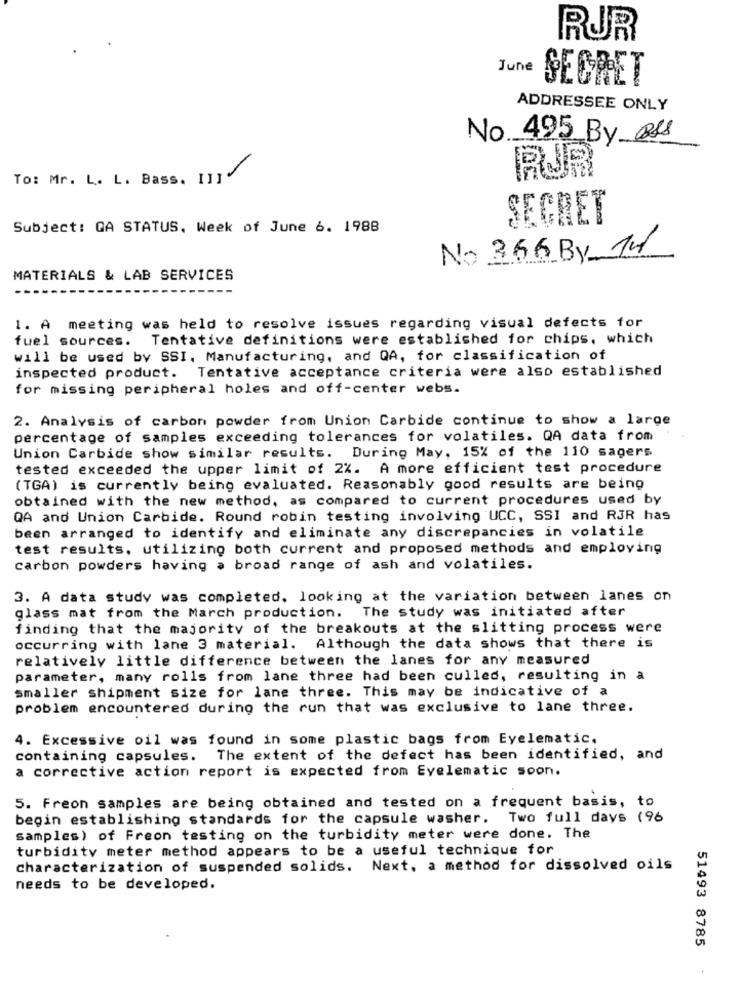
RUR
June
SECRET
ADDRESSEE ONLY
No 495 By als
/
To: Mr. L. L. Bass. [I] "
RUR
SEGRET
Subject: GA STATUS. Week of June 6. 1988
No 366 By-14
MATERIALS & LAB SERVICES
1. A meeting was held to resolve issues regarding visual defects for
fuel sources.
Tentative definitions were established for chips, which
will be used by SSI, Manufacturing, and QA, for classification of
Tentative acceptance criteria were also established
inspected product.
for missing peripheral holes and off-center webs.
2. Analysis of carbon powder from Union Carbide continue to show a large
percentage of samples exceeding tolerances for volatiles. QA data from
Union Carbide show similar results. During May, 15% of the 110 sagers
tested exceeded the upper limit of 2%. A more efficient test procedure
(TGA) is currently being evaluated. Reasonably good results are being
obtained with the new method, as compared to current procedures used by
QA and Union Carbide. Round robin testing involving UCC, SSI and RJR has
been arranged to identify and eliminate any discrepancies in volatile
test results, utilizing both current and proposed methods and employing
carbon powders having a broad range of ash and volatiles.
3. A data study was completed, looking at the variation between lanes on
The study was initiated after
glass mat from the March production.
finding that the majority of the breakouts at the slitting process were
occurring with lane 3 material. Although the data shows that there is
relatively little difference between the lanes for any measured
parameter, many rolls from lane three had been culled, resulting in a
smaller shipment size for lane three. This may be indicative of a
problem encountered during the run that was exclusive to lane three.
4. Excessive oil was found in some plastic bags from Eyelematic.
containing capsules. The extent of the defect has been identified, and
a corrective action report is expected from Evelematic soon.
5. Freon samples are being obtained and tested on a frequent basis, to
begin establishing standards for the capsule washer. Two full days (96
samples) of Freon testing on the turbidity meter were done. The
turbidity meter method appears to be a useful technique for
characterization of suspended solids. Next, a method for dissolved oils
needs to be developed.
51493 8785